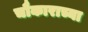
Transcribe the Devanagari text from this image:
चौकाराच्या